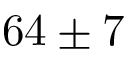
6 4 \pm 7